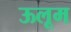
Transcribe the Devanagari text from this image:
ऊलूम